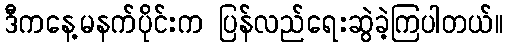
ဒီကနေ့မနက်ပိုင်းက ပြန်လည်ရေးဆွဲခဲ့ကြပါတယ်။